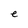
Character: e